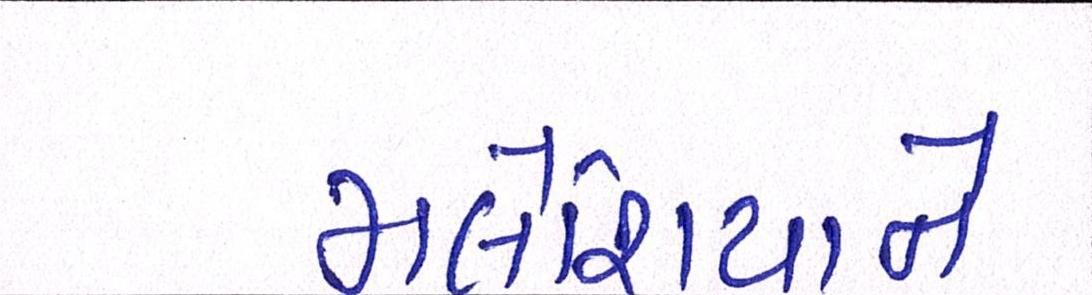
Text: મલેશિયાને